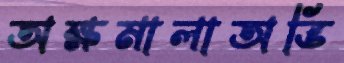
অক্ষমালাঅভি